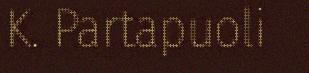
K. Partapuoli